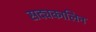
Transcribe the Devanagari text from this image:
सद्यकालिन